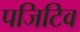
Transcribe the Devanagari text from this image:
पजिटिव